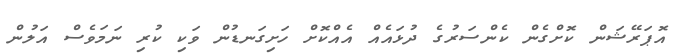
އޮޕަރޭޝަން ކޮށްގެން ކެންސަރުގެ ދުޅައެއް އެއްކޮށް ހަށިގަނޑުން ވަކި ކުރި ނަމަވެސް އަލުން